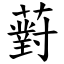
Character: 薱